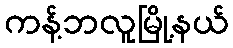
ကန့်ဘလူမြို့နယ်